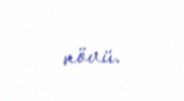
növü.